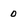
Character: 0